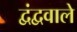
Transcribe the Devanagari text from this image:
द्वंद्ववाले